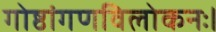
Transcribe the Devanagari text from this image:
गोष्ठांगणविलोकनः।